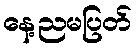
နေ့ညမပြတ်